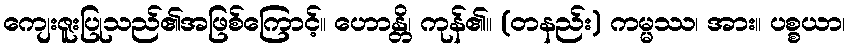
ကျေးဇူးပြုသည်၏အဖြစ်ကြောင့်။ ဟောန္တိ၊ ကုန်၏။ (တနည်း) ကမ္မဿ၊ အား။ ပစ္စယာ၊